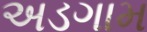
અડગામ